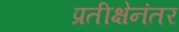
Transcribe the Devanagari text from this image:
प्रतीक्षेनंतर